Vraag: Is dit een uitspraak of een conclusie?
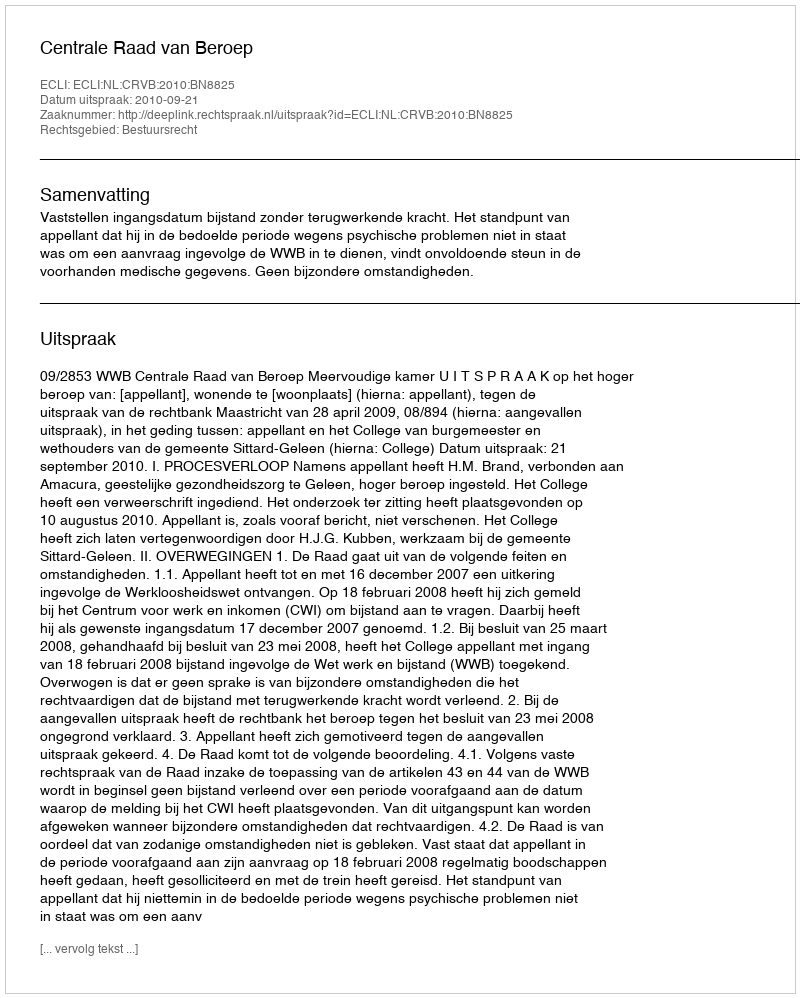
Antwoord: Uitspraak